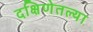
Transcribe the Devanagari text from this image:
दक्षिणेतल्या